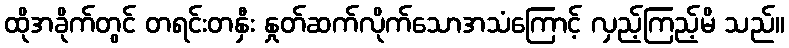
ထိုအခိုက်တွင် တရင်းတနှီး နှုတ်ဆက်လိုက်သောအသံကြောင့် လှည့်ကြည့်မိ သည်။